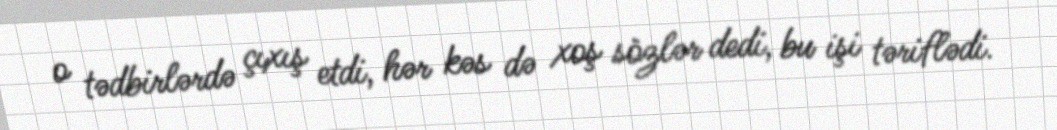
o tədbirlərdə çıxış etdi, hər kəs də xoş sözlər dedi, bu işi təriflədi.